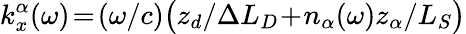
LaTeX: k_{x}^{\alpha}(\omega)\! =\! (\omega/c)\big(z_{d}/{\Delta L_{D}}\! +\! n_{\alpha}(\omega)z_{\alpha}/L_{S}\big)